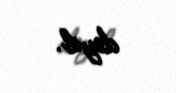
deyib.